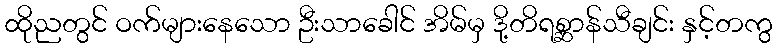
ထိုညတွင် ဝက်များနေသော ဦးသာခေါင် အိမ်မှ ဒို့တိရစ္ဆာန်သီချင်း နှင့်တကွ